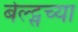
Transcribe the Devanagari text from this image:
बेल्ट्सच्या